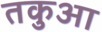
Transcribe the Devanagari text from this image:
तकुआ